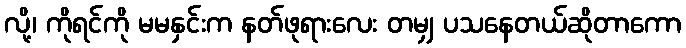
လို့၊ ကိုရင်ကို မမနှင်းက နတ်ဖုရားလေး တမျှ ပသနေတယ်ဆိုတာကော